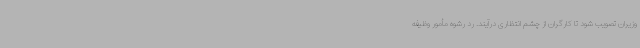
وزیران تصویب شود تا کارگران از چشم انتظاری درآیند. رد رشوه مأمور وظیفه